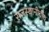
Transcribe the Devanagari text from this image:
राजस्थानीचीच